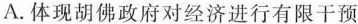
A.体现胡佛政府对经济进行有限干预